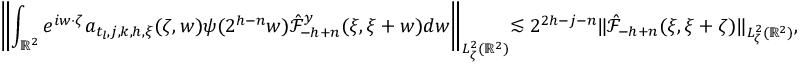
\biggl \| \int _ { \mathbb { R } ^ { 2 } } e ^ { i w \cdot \zeta } a _ { t _ { l } , j , k , h , \xi } ( \zeta , w ) \psi ( 2 ^ { h - n } w ) \hat { \mathcal { F } } _ { - h + n } ^ { y } ( \xi , \xi + w ) d w \biggl \| _ { L _ { \zeta } ^ { 2 } ( \mathbb { R } ^ { 2 } ) } \lesssim 2 ^ { 2 h - j - n } \| \hat { \mathcal { F } } _ { - h + n } ( \xi , \xi + \zeta ) \| _ { L _ { \zeta } ^ { 2 } ( \mathbb { R } ^ { 2 } ) } ,